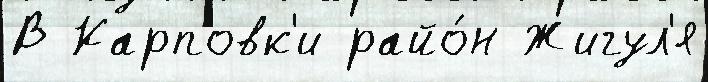
В Карповк'и райо́н Жигул'я